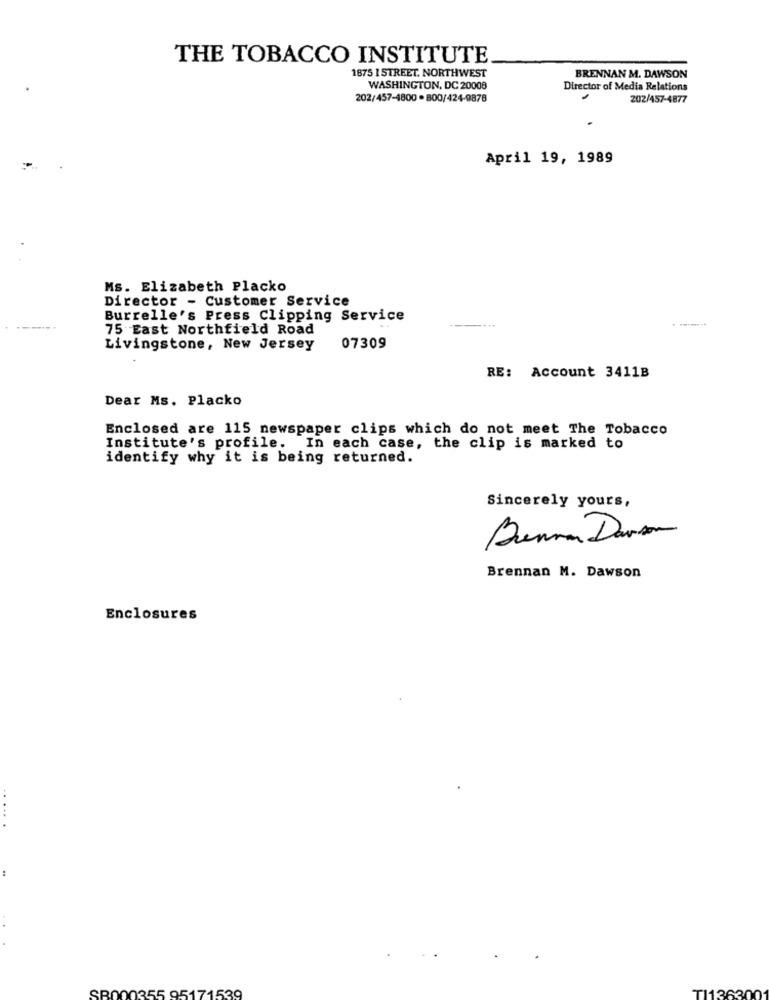
THE TOBACCO INSTITUTE
1875 1 STREET. NORTHWEST
BRENNAN M. DAWSON
WASHINGTON, DC 20008
Director of Media Relations
202/457-4800 . 800/424-9878
202/457-4877
April 19, 1989
Ms. Elizabeth Placko
Director - Customer Service
Burrelle's Press Clipping Service
75 East Northfield Road
Livingstone, New Jersey
07309
RE: Account 3411B
Dear Ms. Placko
Enclosed are 115 newspaper clips which do not meet The Tobacco
Institute's profile. In each case, the clip is marked to
identify why it is being returned.
Sincerely yours,
Bonne Davon
Brennan M. Dawson
Enclosures
SB000355 95171539
TI13630